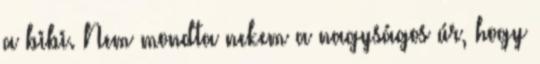
a bibi. Nem mondta nekem a nagyságos úr, hogy